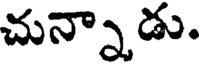
చున్నాడు.